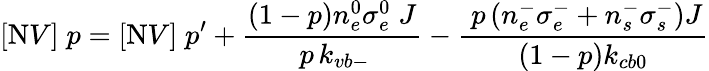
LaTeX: [\mathrm{N}V]\; p=[\mathrm{N}V]\; p^{\prime}+\frac{(1-p)n_{e}^{0}\sigma_{e}^{0}\; J}{\, p\, k_{vb-}}-\frac{\; p\left(n_{e}^{-}\sigma_{e}^{-}+n_{s}^{-}\sigma_{s}^{-}\right)J}{(1-p)k_{cb0}}